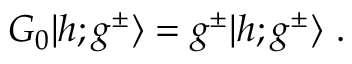
G _ { 0 } \vert h ; g ^ { \pm } \rangle = g ^ { \pm } \vert h ; g ^ { \pm } \rangle { } ~ .